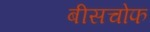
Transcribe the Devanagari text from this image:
बीसचोफ